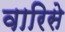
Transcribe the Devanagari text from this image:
वारिसे